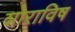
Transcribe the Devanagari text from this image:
शोराविष